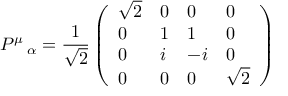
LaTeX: P ^ { \mu } \, _ { \alpha } = \frac { 1 } { \sqrt { 2 } } \left( \begin{array} { l l l l } { { \sqrt { 2 } } } & { { 0 } } & { { 0 } } & { { 0 } } \\ { { 0 } } & { { 1 } } & { { 1 } } & { { 0 } } \\ { { 0 } } & { { i } } & { { - i } } & { { 0 } } \\ { { 0 } } & { { 0 } } & { { 0 } } & { { \sqrt { 2 } } } \end{array} \right)